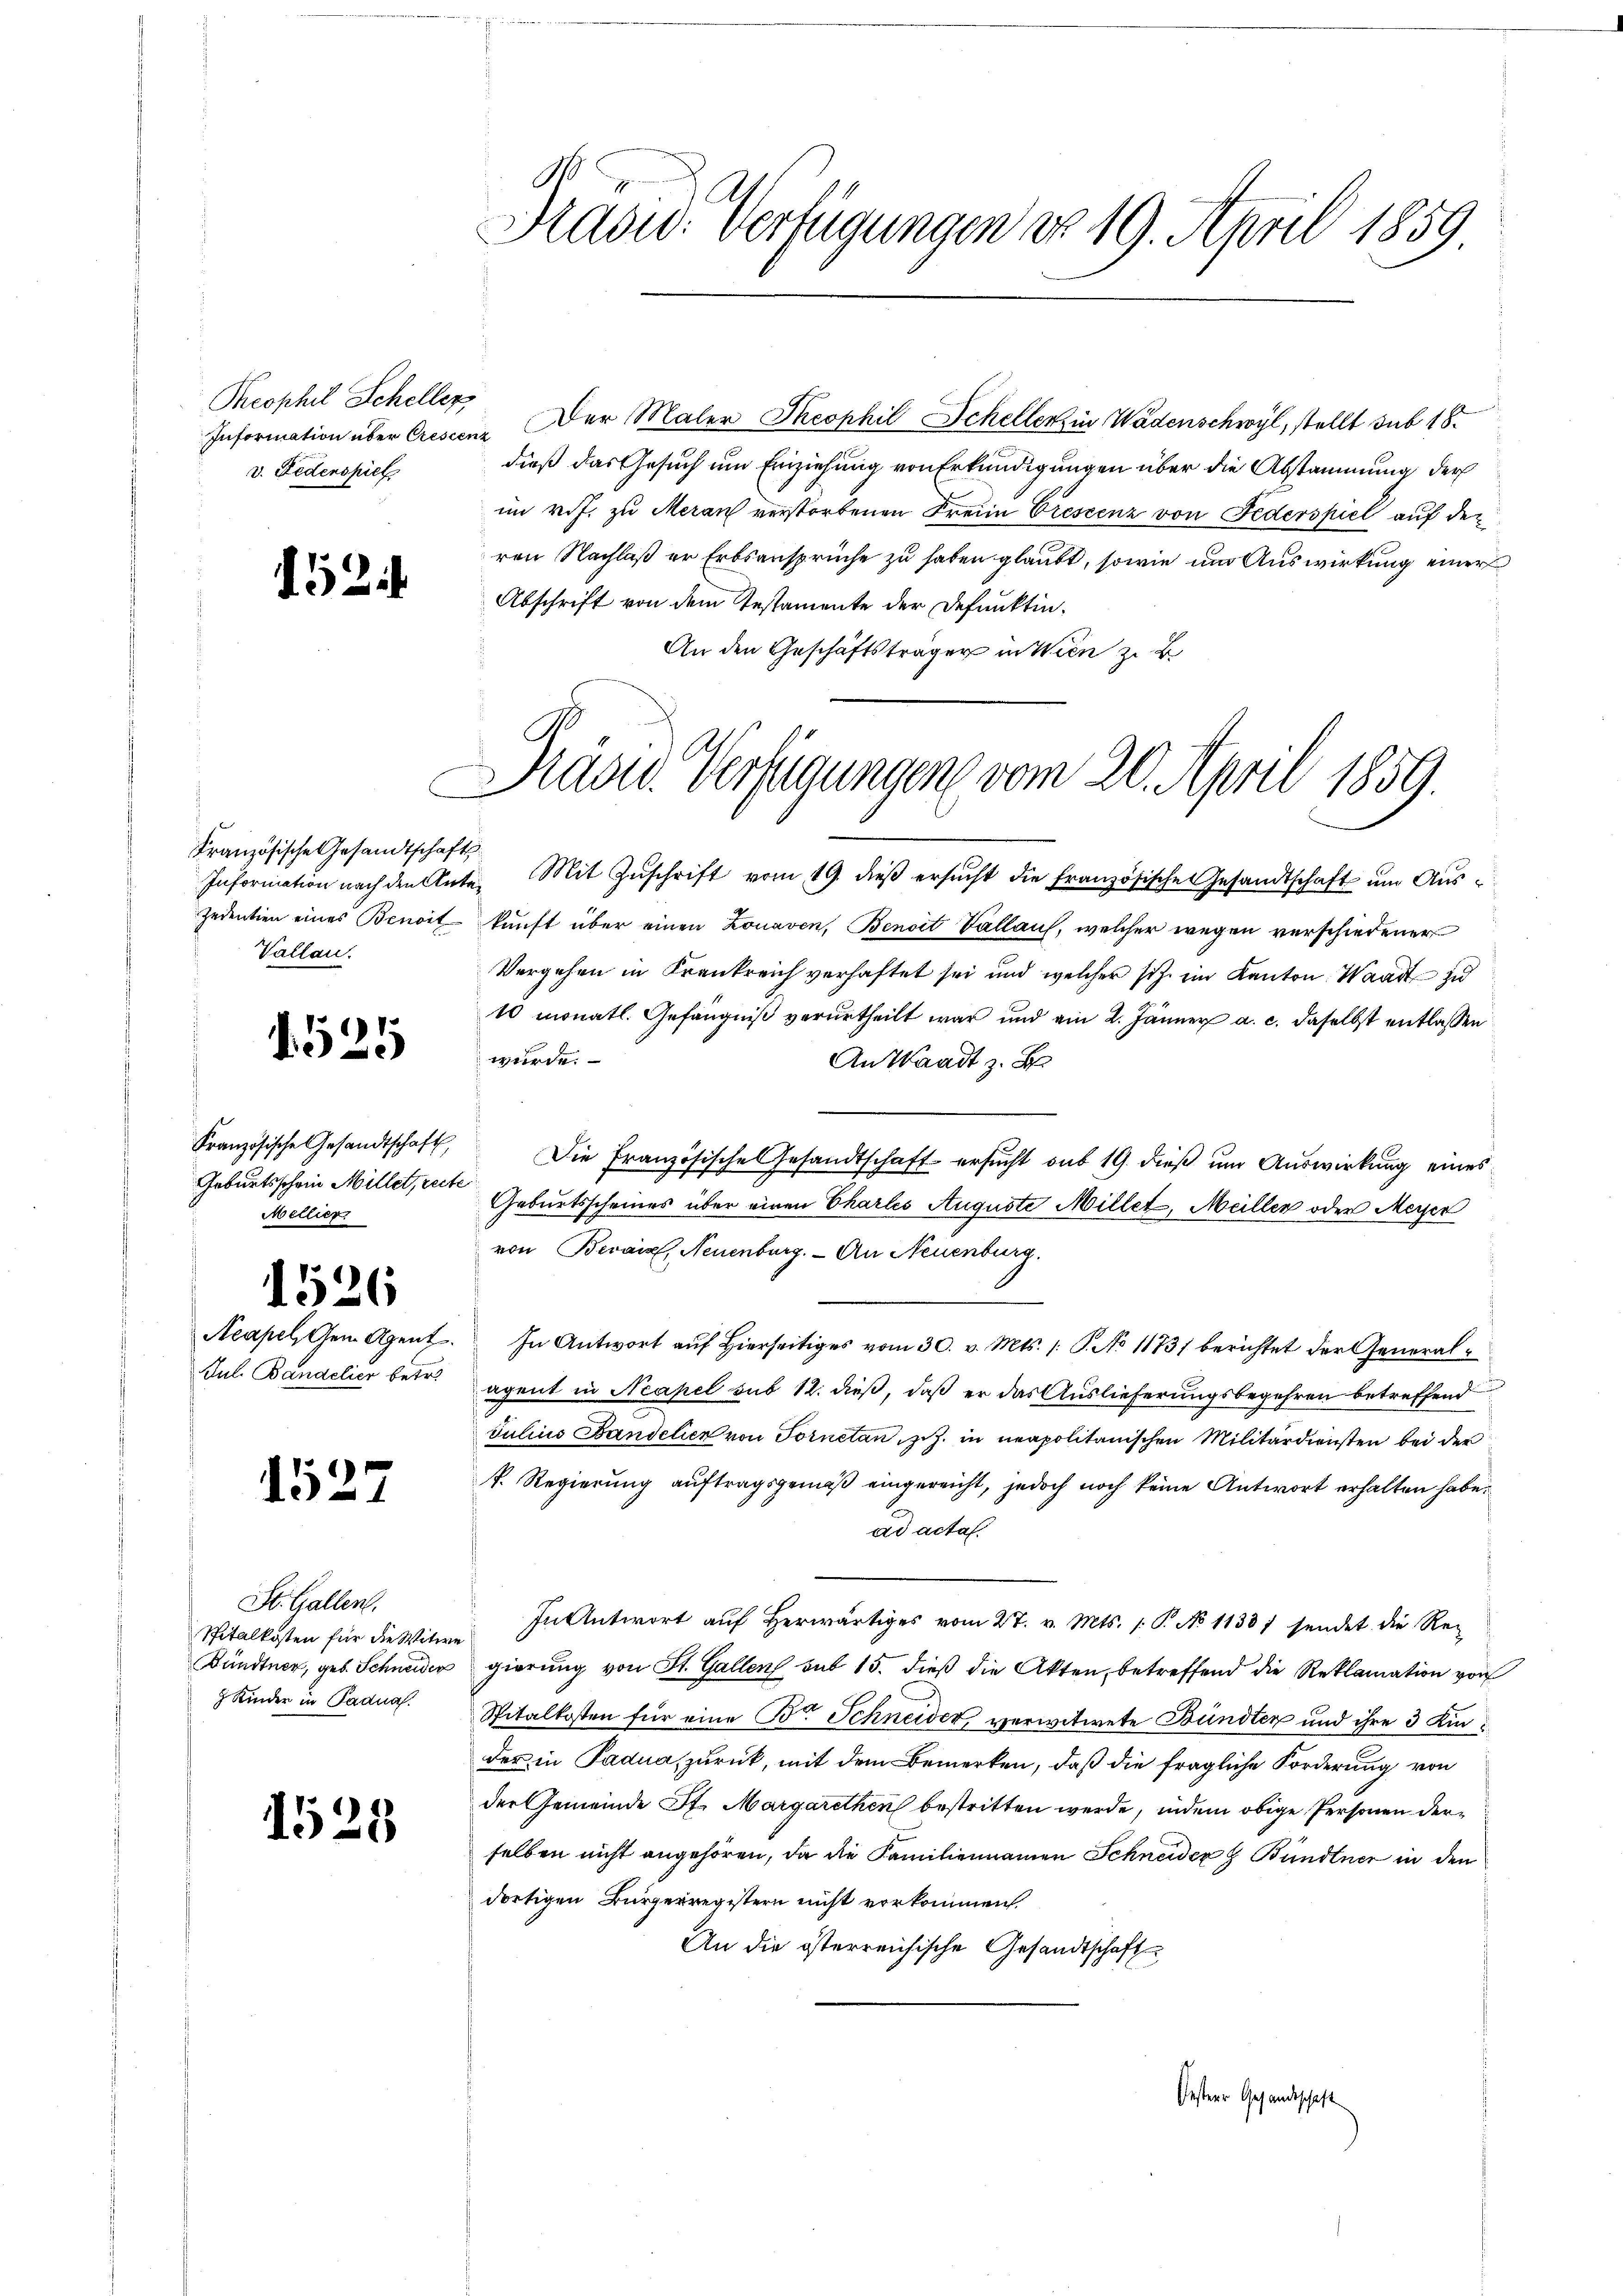
Theophil Scheller
v. Redenspiel

52

Französische Gesandtschafts
Vallau.

1525

Geburtsschein Millet, recte
Mellier

1526

1527

St. Gallen.
Spitalkosten für die Witwe
 Kinder in Padna.

1529

.
Prasid. Verfügungen do 19. April 1859.

Information über Cressene Der Maler Theophil Scheller in Wädenschwyl, stellt sub 18.
dieß das Gesuch um Einziehung von Erkundigungen über die Abstammung der
im ref. zu Meran verstorbenen Freien Prescenz von Federspiel auf der
ren Nachlaß er Erbsansprüche zu haben glaubt, sowie um Auswirkung einer
Abschrift von dem Gestamente der Defunktin¬
An den Geschäftsträger in Wien zu B

Information nach den Ante. Mit Zŭschrift vom 19. dieβ ersŭcht die französische Gesandtschaft ŭm Aŭs-
jedentien eines Benoit kunft über einen Lonaven, Benoit Vallauf, welcher wegen verschiedener
Vergehen in Krankreich verhaftet sei und welcher sich im Kanton Waadt zu
10 monatl. Gefängniß verurtheilt war und ain 2. Jänner a. c. daselbst entlassen
würde.
An Waadt z. B
Französische Gesandtschaft, die französische Gesandtschaft ersŭcht sub 19. dieβ ŭm Aŭswirkŭng eines
Geburtsscheines über einen Chartes Auguste Millet, Meiller oder Meiser
von Berais, Neuenburg. - An Neuenburg.
Acapel, den Agent. In Antwort aŭf hierseitiges vom 30. v. Mts. /: P. No 1173) berichtet der General-
Aul. Bandelier betragent in Neapel sub 12. dieß, daß er das Auslieferungsbegehren betreffend
Julius Bandelier von Fornetan, z. Z. in neapolitanischen Militärdiensten bei der
f. Regierung auftragsgemäß eingereicht, jedoch noch keine Antwort erhalten habe.
ad acta.
In Antwort aŭf herwärtiges vom 27. v. Mts. 1. P. No 1133) sendet die Re-
Bündtner, geb. Schneider gierung von St. Gallen sub 15. dieß die Akten, betreffend die Reklamation vor
Spitalkosten für eine B. Schneider verwitwete Bündten und ihre 3 Kinder in Padua, zurück, mit dem Bemerken, daß die fragliche Forderung von
der Gemeinde St. Margarethen bestritten werde, indem obige Personen derselben nicht angehören, da die Familiennamen Schneider Bündtner in den
dortigen Bürgerregistern nicht vorkommen.
An die österreichische Gesandtschaft
Oesterer Gesandtschaft

Präsid. Verfügungen vom 20. April 1859.